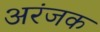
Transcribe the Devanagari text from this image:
अरंजक